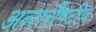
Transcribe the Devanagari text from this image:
अन्तर्रौषटीय